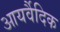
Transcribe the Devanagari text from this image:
आयर्वैदिक